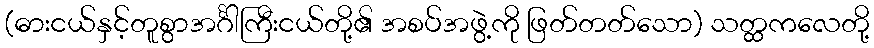
(ဓားငယ်နှင့်တူစွာအင်္ဂါကြီးငယ်တို့၏ အစပ်အဖွဲ့ကို ဖြတ်တတ်သော) သတ္ထကလေတို့